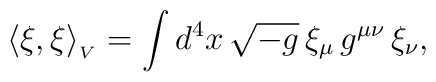
\langle \xi,\xi\rangle _{_V} = \int d^4 x\, \sqrt{-g}\, \xi_{\mu} \,g^{\mu\nu}\, \xi_{\nu},